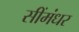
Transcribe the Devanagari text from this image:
सींमंधर